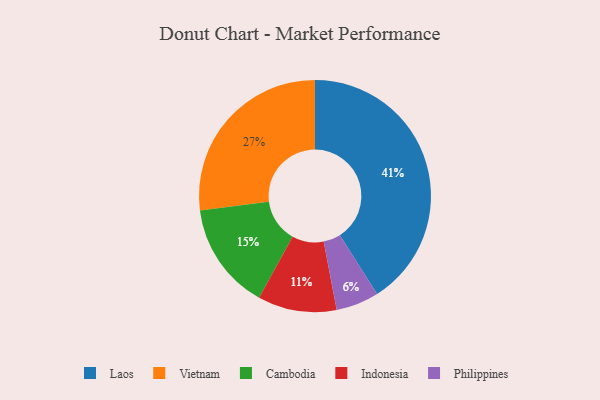
{"axis": {"x": "Category", "y": "Percentage"}, "legend": ["Cambodia", "Indonesia", "Laos", "Philippines", "Vietnam"], "data": [{"x": "Cambodia", "y": 15, "type": "Cambodia"}, {"x": "Indonesia", "y": 11, "type": "Indonesia"}, {"x": "Vietnam", "y": 27, "type": "Vietnam"}, {"x": "Philippines", "y": 6, "type": "Philippines"}, {"x": "Laos", "y": 41, "type": "Laos"}]}